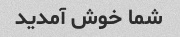
شما خوش آمدید